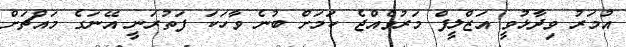
އުމަރު ވިދާޅުވީ އަޒްލީފް މަރުވެއްޖެ ކަމަށް ބުނެ ވާހަކަ ފަތުރަނީ އޭނަގެ މައްޗަށް